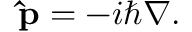
\mathbf { \hat { p } } = - i \hbar \nabla .